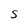
Character: S